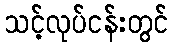
သင့်လုပ်ငန်းတွင်